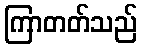
ကြာတတ်သည်